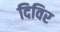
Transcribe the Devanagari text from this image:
दिविर